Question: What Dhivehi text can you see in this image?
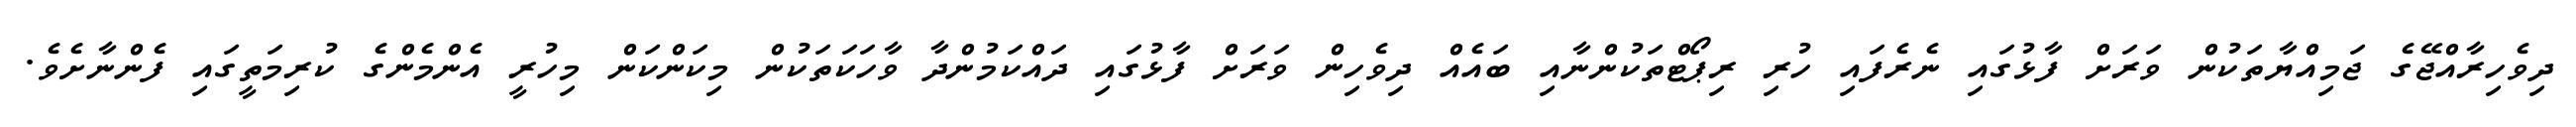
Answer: ދިވެހިރާއްޖޭގެ ޖަމިއްޔާތަކުން ވަރަށް ފާޅުގައި ނެރެފައި ހުރި ރިޕޯޓްތަކުންނާއި ބައެއް ދިވެހިން ވަރަށް ފާޅުގައި ދައްކަމުންދާ ވާހަކަތަކުން މިކަންކަން މިހުރީ އެންމެންގެ ކުރިމަތީގައި ފެންނާށެވެ.